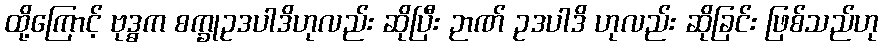
ထို့ကြောင့် ဗုဒ္ဓက စက္ခုဥဒပါဒိဟုလည်း ဆိုပြီး ဉာဏ် ဥဒပါဒိ ဟုလည်း ဆိုခြင်း ဖြစ်သည်ဟု